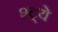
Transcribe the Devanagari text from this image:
श्ट्ये